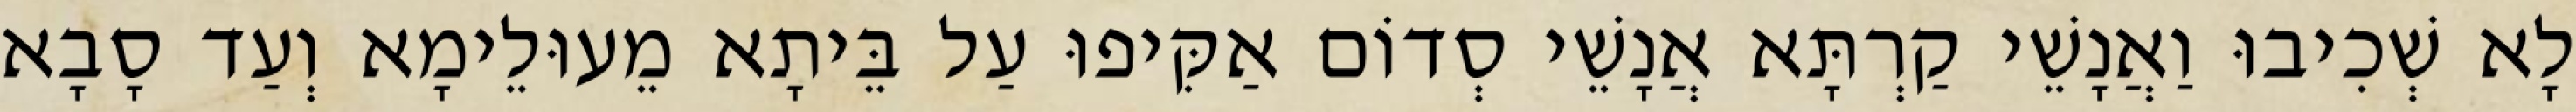
לָא שְׁכִיבוּ וַאֲנָשֵׁי קַרְתָּא אֲנָשֵׁי סְדוֹם אַקִּיפוּ עַל בֵּיתָא מֵעוּלֵימָא וְעַד סָבָא